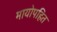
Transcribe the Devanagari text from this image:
मायोपहित